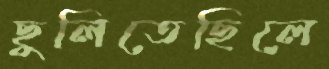
ছুলিতেছিলে